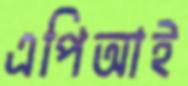
এপিআই